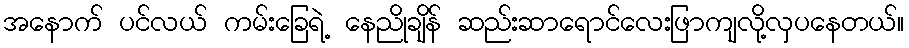
အနောက် ပင်လယ် ကမ်းခြေရဲ့ နေညိုချိန် ဆည်းဆာရောင်လေးဖြာကျလို့လှပနေတယ်။